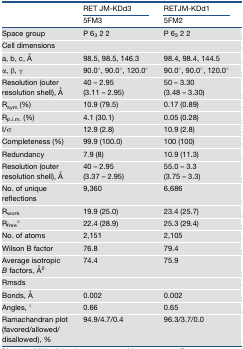
<table><thead><tr><td rowspan="2"></td><td><b>RET JM-KDd3</b></td><td><b>RETJM-KDd1</b></td></tr><tr><td><b>5FM3</b></td><td><b>5FM2</b></td></tr></thead><tbody><tr><td>Space group</td><td>P 6<sub>3</sub> 2 2</td><td>P 6<sub>3</sub> 2 2</td></tr><tr><td colspan="3">Cell dimensions</td></tr><tr><td>a, b, c, Å</td><td>98.5, 98.5, 146.3</td><td>98.4, 98.4, 144.5</td></tr><tr><td>α, β, γ</td><td>90.0°, 90.0°, 120.0°</td><td>90.0°, 90.0°, 120.0°</td></tr><tr><td>Resolution (outer resolution shell), Å</td><td>40 – 2.95 (3.11 – 2.95)</td><td>50 – 3.30 (3.48 – 3.30)</td></tr><tr><td>R<sub>sym</sub> (%)</td><td>10.9 (79.5)</td><td>0.17 (0.89)</td></tr><tr><td>R<sub>p.i.m.</sub> (%)</td><td>4.1 (30.1)</td><td>0.05 (0.28)</td></tr><tr><td>I/σ</td><td>12.9 (2.8)</td><td>10.9 (2.8)</td></tr><tr><td>Completeness (%)</td><td>99.9 (100.0)</td><td>100 (100)</td></tr><tr><td>Redundancy</td><td>7.9 (8)</td><td>10.9 (11.3)</td></tr><tr><td>Resolution (outer resolution shell), Å</td><td>40 – 2.95 (3.37 – 2.95)</td><td>55.0 – 3.3 (3.75 – 3.3)</td></tr><tr><td>No. of unique reflections</td><td>9,360</td><td>6,686</td></tr><tr><td>R<sub>work</sub></td><td>19.9 (25.0)</td><td>23.4 (25.7)</td></tr><tr><td>R<sub>free</sub>a</td><td>22.4 (28.9)</td><td>25.3 (29.4)</td></tr><tr><td>No. of atoms</td><td>2,151</td><td>2,105</td></tr><tr><td>Wilson B factor</td><td>76.8</td><td>79.4</td></tr><tr><td>Average isotropic <i>B</i> factors, Å<sup>2</sup></td><td>74.4</td><td>75.9</td></tr><tr><td colspan="3">Rmsds</td></tr><tr><td>Bonds, Å</td><td>0.002</td><td>0.002</td></tr><tr><td>Angles, °</td><td>0.66</td><td>0.65</td></tr><tr><td>Ramachandran plot (favored/allowed/disallowed), %</td><td>94.9/4.7/0.4</td><td>96.3/3.7/0.0</td></tr></tbody></table>